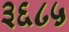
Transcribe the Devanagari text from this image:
३६८५